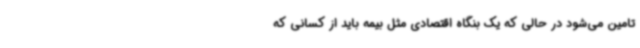
تامین می‌شود در حالی که یک بنگاه اقتصادی مثل بیمه باید از کسانی که